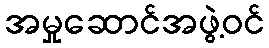
အမှုဆောင်အဖွဲ့ဝင်